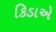
કિડાએ